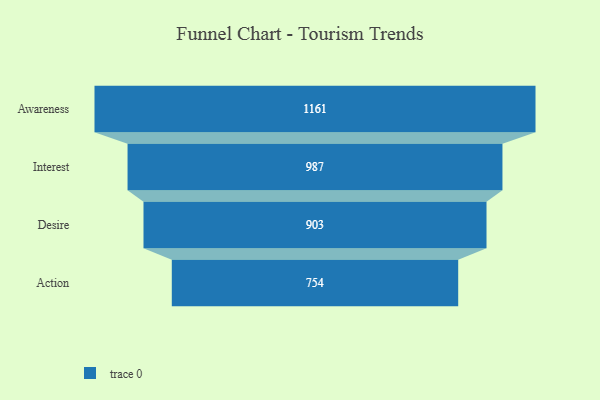
{"axis": {"x": "Stage", "y": "Value"}, "legend": [""], "data": [{"x": "Awareness", "y": 1161.0, "type": ""}, {"x": "Interest", "y": 987.0, "type": ""}, {"x": "Desire", "y": 903.0, "type": ""}, {"x": "Action", "y": 754.0, "type": ""}]}